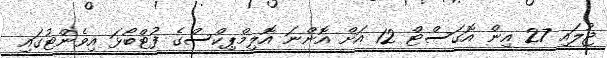
ޖުލައި 27 އިން އޮގަސްޓް 12 އަށް އޮންނަ އޮލިމްޕިކްސްގެ ފުޓްބޯޅަ އިވެންޓުގައި